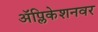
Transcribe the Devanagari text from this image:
अॅप्लिकेशनवर